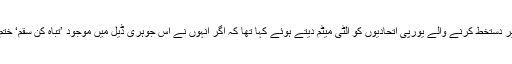
امریکی صدر ڈونلڈ ٹرمپ نے جمعے کو اس معاہدے پر دستخط کرنے والے یورپی اتحادیوں کو الٹی میٹم دیتے ہوئے کہا تھا کہ اگر انہوں نے اس جوہری ڈیل میں موجود ’تباہ کن سقم‘ ختم نہ کیے، تو امریکا اس معاہدے سے الگ ہو جائے گا۔